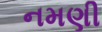
નમણી